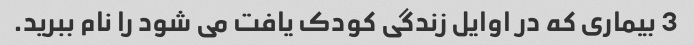
3 بیماری که در اوایل زندگی کودک یافت می شود را نام ببرید.